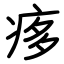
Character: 痑